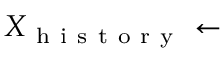
X _ { \mathrm { ~ h ~ i ~ s ~ t ~ o ~ r ~ y ~ } } \leftarrow